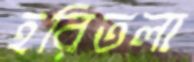
হরিতলা